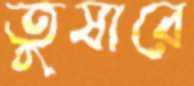
তুষারে